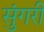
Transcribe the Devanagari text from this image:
सुंगरी